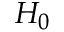
H _ { 0 }